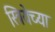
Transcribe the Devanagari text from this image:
स्त्रियेच्या